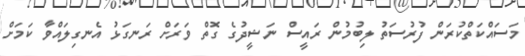
މަސައްކަތްކުރަން ފުރުސަތު ލިބުމުން ރައީސް ނަޝީދުގެ ގޮތް ވަރަށް ރަނގަޅު އެނގިލައްވާ ކަމަށް